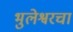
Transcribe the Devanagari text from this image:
भुलेश्वरचा